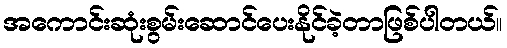
အကောင်းဆုံးစွမ်းဆောင်ပေးနိုင်ခဲ့တာဖြစ်ပါတယ်။